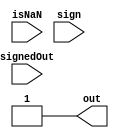
module
    iNFromException#(parameter width = 1) (
        input signedOut,
        input isNaN,
        input sign,
        output [(width - 1):0] out
    );

    assign out = {1'b1, {(width - 1){!signedOut}}};

endmodule